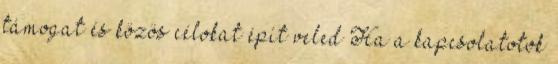
támogat és közös célokat épít veled Ha a kapcsolatotok